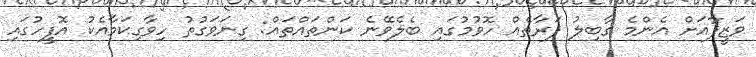
ވަޒީފާއަށް އެންމެ ގާބިލު ފަރާތެއް ހޮވުމުގައި ބެލެވޭނެ ކަންތައްތައް: ގިނަވަގުތު ހިވާގިކަމާއެކު އޮފީހުގައި